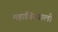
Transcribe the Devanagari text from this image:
महाविस्यालों